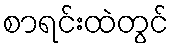
စာရင်းထဲတွင်